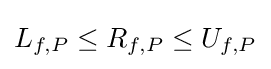
L_{f,P}\leq R_{f,P}\leq U_{f,P}